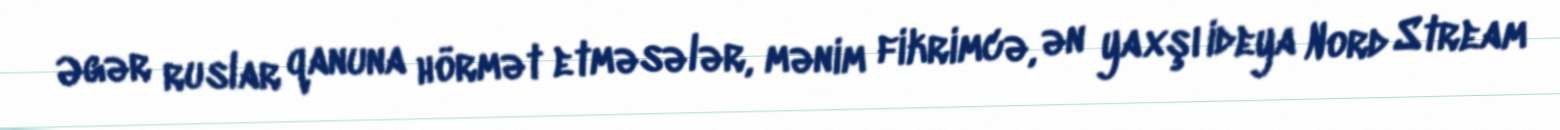
Əgər ruslar qanuna hörmət etməsələr, mənim fikrimcə, ən yaxşı ideya Nord Stream